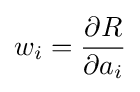
w_{i}={\frac {\partial R}{\partial a_{i}}}